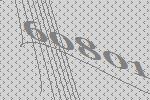
60801